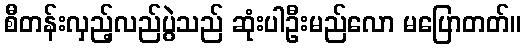
စီတန်းလှည့်လည်ပွဲသည် ဆုံးပါဦးမည်လော မပြောတတ်။